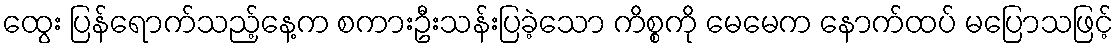
ထွေး ပြန်ရောက်သည့်နေ့က စကားဦးသန်းပြခဲ့သော ကိစ္စကို မေမေက နောက်ထပ် မပြောသဖြင့်